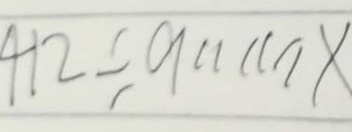
4 2 1 \div 9 \cdots x